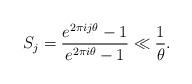
LaTeX: \begin{align*} S_j = \frac{e^{2\pi i j\theta}-1}{e^{2\pi i \theta}-1} \ll \frac{1}{\theta}.\end{align*}